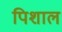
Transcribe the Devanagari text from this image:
पिशाल